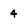
Character: 4